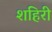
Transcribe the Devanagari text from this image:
शहिरी